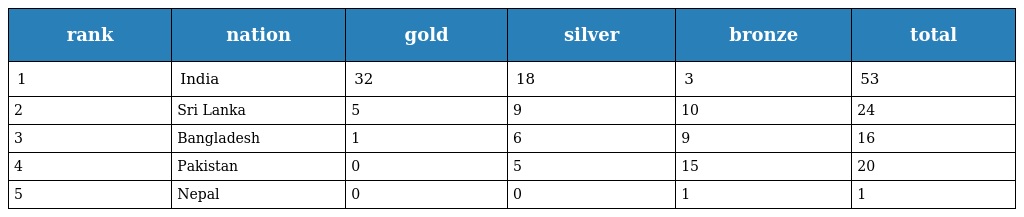
| rank | nation | gold | silver | bronze | total |
 | --- | --- | --- | --- | --- | --- |
 | 1 | India | 32 | 18 | 3 | 53 |
 | 2 | Sri Lanka | 5 | 9 | 10 | 24 |
 | 3 | Bangladesh | 1 | 6 | 9 | 16 |
 | 4 | Pakistan | 0 | 5 | 15 | 20 |
 | 5 | Nepal | 0 | 0 | 1 | 1 |